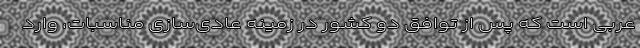
عربی است که پس از توافق دو کشور در زمینه عادی‌سازی مناسبات، وارد